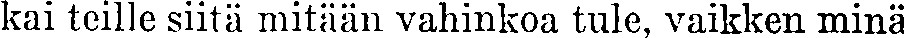
kai teille siitä mitään vahinkoa tule, vaikken minä